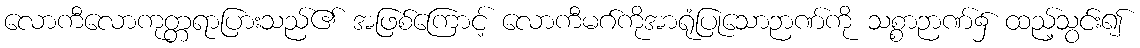
လောကီလောကုတ္တရာပြားသည်၏ အဖြစ်ကြောင့် လောကီမဂ်ကိုအာရုံပြုသောဉာဏ်ကို သစ္စာဉာဏ်၌ ထည့်သွင်း၍